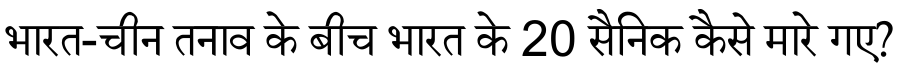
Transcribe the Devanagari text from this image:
भारत-चीन तनाव के बीच भारत के 20 सैनिक कैसे मारे गए?